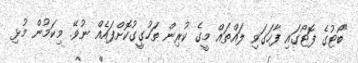
"ބޯޓުގެ ފޮޓޯގައި ފާހަގަވި ލައްތައް މީގެ ކުރިން ތަހުގީގުކޮށްފައެއް ނުވޭ. މިކަމުން މުޅި